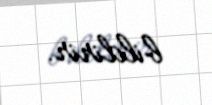
bildirir.